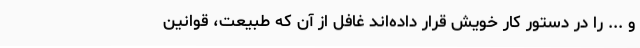
و ... را در دستور کار خویش قرار داده‌اند غافل از آن که طبیعت، قوانین